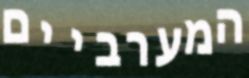
המערביים